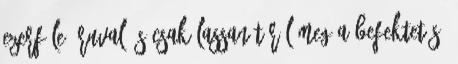
ezerféle áruval, s csak lassan térül meg a befektetés.